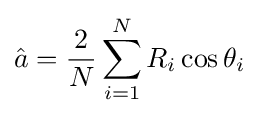
{\hat {a}}={\frac {2}{N}}\sum \limits _{i=1}^{N}R_{i}\cos {\theta _{i}}